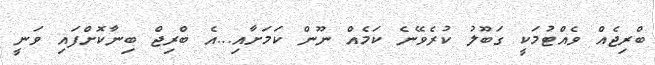
ބްރިޖެއް ވެއްޓުމަކީ ގަބޫލު ކުރެވޭނެ ކަމެއް ނޫން ކަމަށާއި...އެ ބްރިޖް ބިނާކޮށްފައި ވަނީ